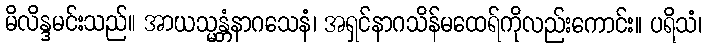
မိလိန္ဒမင်းသည်။ အာယသ္မန္တံနာဂသေနံ၊ အရှင်နာဂသိန်မထေရ်ကိုလည်းကောင်း။ ပရိသံ၊